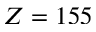
Z = 1 5 5